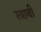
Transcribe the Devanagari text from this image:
स्त्रावी